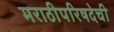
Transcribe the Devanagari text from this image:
मराठीपरिषदेची